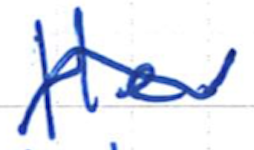
Text: He
Cross-out: wave
Writing tool: ballpoint